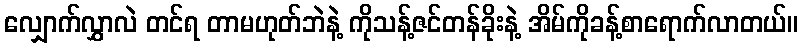
လျှောက်လွှာလဲ တင်ရ တာမဟုတ်ဘဲနဲ့ ကိုသန့်ဇင်တန်ခိုးနဲ့ အိမ်ကိုခန့်စာရောက်လာတယ်။